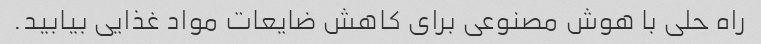
راه حلی با هوش مصنوعی برای کاهش ضایعات مواد غذایی بیابید.